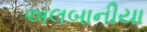
અલબાનીયા